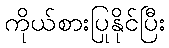
ကိုယ်စားပြုနိုင်ပြီး